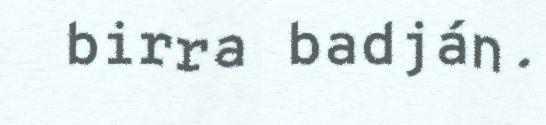
birra badján.